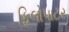
ફિલોપાટર